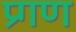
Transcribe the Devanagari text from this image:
प्र्गण